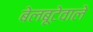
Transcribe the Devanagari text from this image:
बेलबूटेवाले